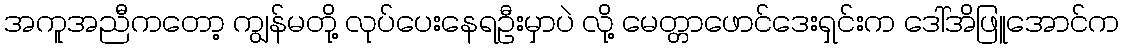
အကူအညီကတော့ ကျွန်မတို့ လုပ်ပေးနေရဦးမှာပဲ လို့ မေတ္တာဖောင်ဒေးရှင်းက ဒေါ်အိဖြူအောင်က